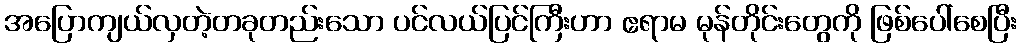
အပြောကျယ်လှတဲ့တခုတည်းသော ပင်လယ်ပြင်ကြီးဟာ ဧရာမ မုန်တိုင်းတွေကို ဖြစ်ပေါ်စေပြီး